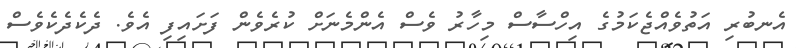
އެނބުރި އަތުވެއްޖެކަމުގެ އިހްސާސް މިހާރު ވެސް އެންމެނަށް ކުރެވެން ފަށައިފި އެވެ. ދެކެދެކެވެސް